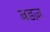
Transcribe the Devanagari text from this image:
बडज़